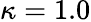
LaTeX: \kappa=1.0